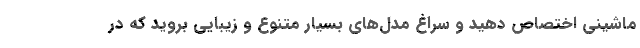
ماشینی اختصاص دهید و سراغ مدل‌های بسیار متنوع و زیبایی بروید که در